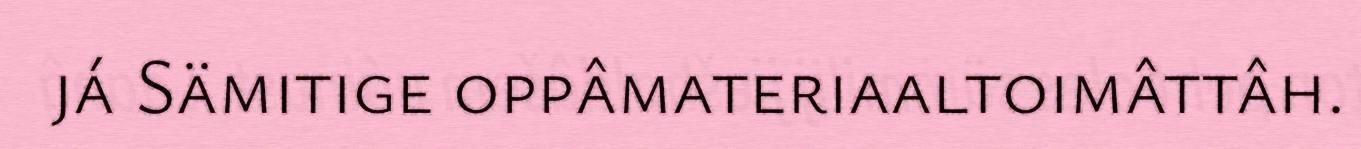
já Sämitige oppâmateriaaltoimâttâh.